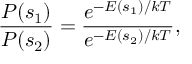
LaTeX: { \frac { P ( s _ { 1 } ) } { P ( s _ { 2 } ) } } = { \frac { e ^ { - E ( s _ { 1 } ) / k T } } { e ^ { - E ( s _ { 2 } ) / k T } } } ,